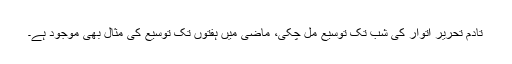
تادمِ تحریر اتوار کی شب تک توسیع مل چکی، ماضی میں ہفتوں تک توسیع کی مثال بھی موجود ہے۔